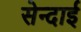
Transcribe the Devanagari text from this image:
सेन्दाई